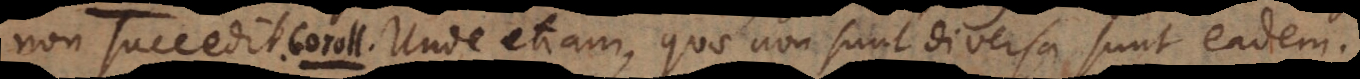
non succedit. C. Unde etiam, quae non sunt diversa sunt eadem.